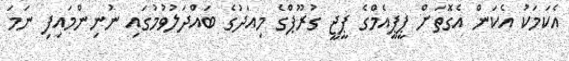
އެކަމަކު އެކަން އެގޮތަށް ޕީޕީއެމްގެ ޕީޖީ ގުރޫޕްގެ މިއަދުގެ ބައްދަލުވުމުގައި ނުނިންމައިފި ނަމަ